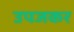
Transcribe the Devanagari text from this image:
उपजकर